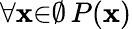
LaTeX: \forall{\mathbf{x}}{\in}\emptyset\, P(\mathbf{x})